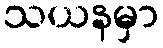
သယနမှာ